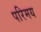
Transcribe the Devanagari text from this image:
परिमय